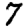
Digit: 7